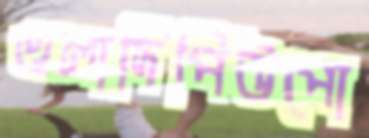
ওলাদিপিউপো